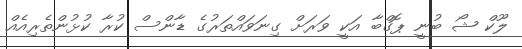
ލޫކް ޝޯ ބުނީ ޕޮގްބާ އަކީ ވަރަށް ގިނަވައްތަރުގެ ޑާންސް ކުރާ ކުޅުންތެރިއެއް